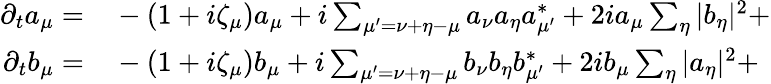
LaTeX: \begin{array}{rl}{\partial_{t}a_{\mu}=}&{{}-(1+i\zeta_{\mu})a_{\mu}+i\sum_{\mu^{\prime}=\nu+\eta-\mu}a_{\nu}a_{\eta}a_{\mu^{\prime}}^{*}+2ia_{\mu}\sum_{\eta}|b_{\eta}|^{2}+}\\ {\partial_{t}b_{\mu}=}&{{}-(1+i\zeta_{\mu})b_{\mu}+i\sum_{\mu^{\prime}=\nu+\eta-\mu}b_{\nu}b_{\eta}b_{\mu^{\prime}}^{*}+2ib_{\mu}\sum_{\eta}|a_{\eta}|^{2}+}\end{array}